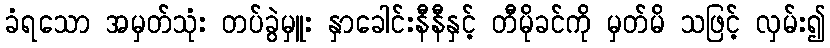
ခံရသော အမှတ်သုံး တပ်ခွဲမှူး နှာခေါင်းနီနီနှင့် တီမိုခင်ကို မှတ်မိ သဖြင့် လှမ်း၍